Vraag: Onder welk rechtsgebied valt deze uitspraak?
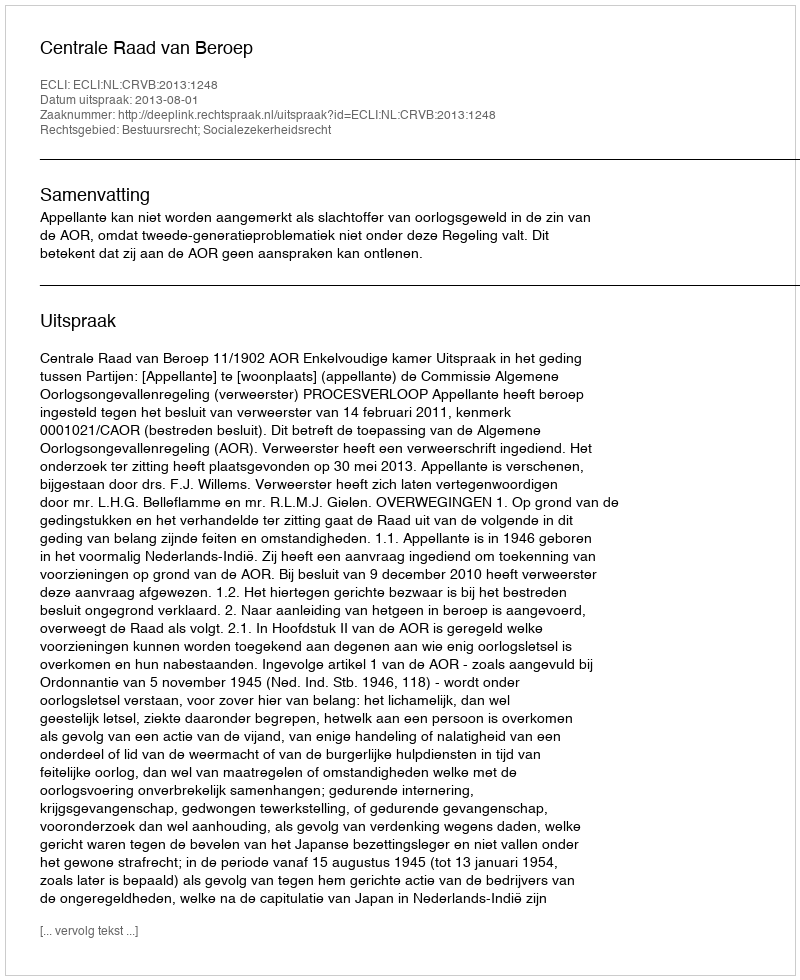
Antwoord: Bestuursrecht; Socialezekerheidsrecht